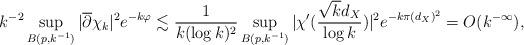
LaTeX: \begin{align*}k^{-2} \sup_{B(p,k^{-1})} |\overline{\partial} \chi_{k}|^2e^{-k\varphi} \lesssim \frac{1}{k(\log k)^2} \sup_{B(p, k^{-1})} \large|\chi'(\frac{\sqrt{k}d_{X}}{\log k})\large|^2 e^{-k\pi (d_{X})^2} = O(k^{-\infty}), \end{align*}